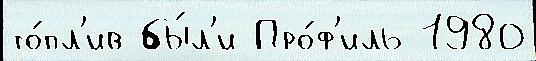
то́пл'ив бы́л'и Про́ф'иль 1980